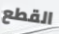
القطع